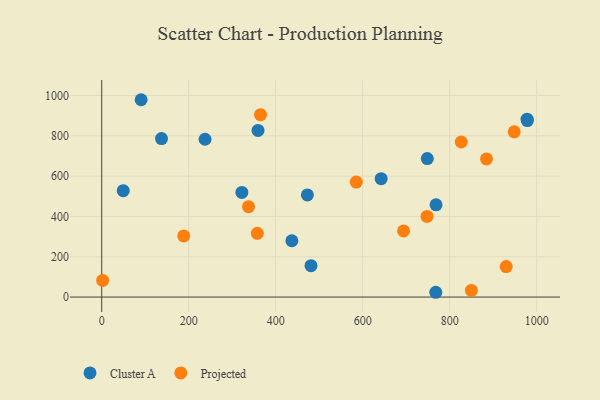
{"axis": {"x": "Study Hours", "y": "Salary"}, "legend": ["Cluster A", "Projected"], "data": [{"x": "237.6", "y": 783.0, "type": "Cluster A"}, {"x": "978.0", "y": 882.4, "type": "Cluster A"}, {"x": "359.4", "y": 826.6, "type": "Cluster A"}, {"x": "768.7", "y": 457.8, "type": "Cluster A"}, {"x": "978.7", "y": 875.4, "type": "Cluster A"}, {"x": "748.6", "y": 687.0, "type": "Cluster A"}, {"x": "322.2", "y": 519.2, "type": "Cluster A"}, {"x": "768.1", "y": 23.8, "type": "Cluster A"}, {"x": "437.2", "y": 279.4, "type": "Cluster A"}, {"x": "90.6", "y": 979.0, "type": "Cluster A"}, {"x": "642.5", "y": 587.2, "type": "Cluster A"}, {"x": "49.5", "y": 527.7, "type": "Cluster A"}, {"x": "137.5", "y": 786.4, "type": "Cluster A"}, {"x": "472.9", "y": 506.8, "type": "Cluster A"}, {"x": "481.2", "y": 155.6, "type": "Cluster A"}, {"x": "2.1", "y": 82.8, "type": "Projected"}, {"x": "337.5", "y": 448.2, "type": "Projected"}, {"x": "365.1", "y": 904.6, "type": "Projected"}, {"x": "748.0", "y": 400.3, "type": "Projected"}, {"x": "357.7", "y": 316.3, "type": "Projected"}, {"x": "849.9", "y": 33.0, "type": "Projected"}, {"x": "694.0", "y": 328.0, "type": "Projected"}, {"x": "585.3", "y": 570.6, "type": "Projected"}, {"x": "884.7", "y": 685.5, "type": "Projected"}, {"x": "948.4", "y": 819.7, "type": "Projected"}, {"x": "930.0", "y": 151.4, "type": "Projected"}, {"x": "188.5", "y": 303.1, "type": "Projected"}, {"x": "826.7", "y": 769.3, "type": "Projected"}]}